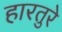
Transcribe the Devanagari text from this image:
हारतुरे